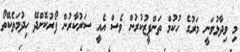
މި ވިދާޅުވަނީ މަރުގެ ހުކުމް ތަންފީޒުކުރުން ވެސް އެއީ ސަރުކާރުން ފޯރުކޮށްދޭ ހިދުމަތެކޭތޯ